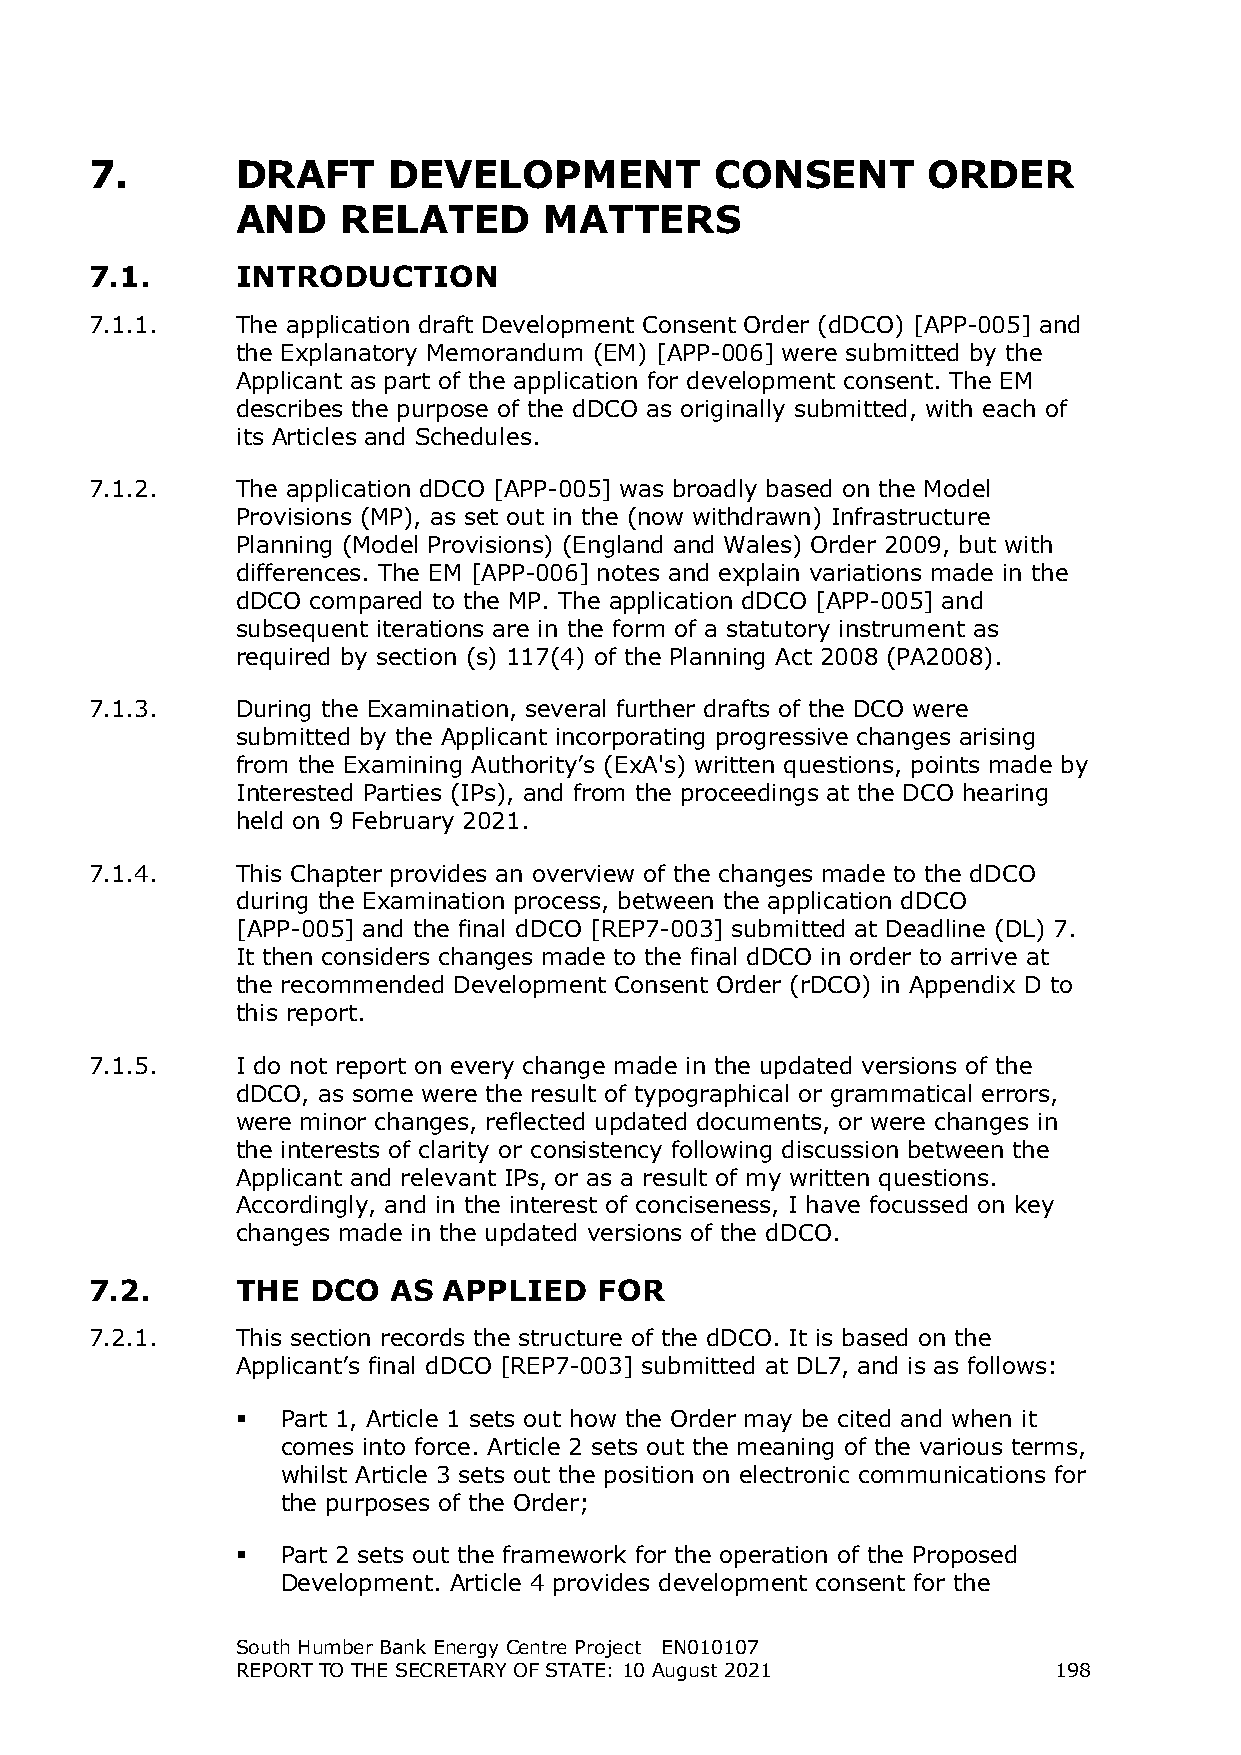
7.        DRAFT     DEVELOPMENT          CONSENT       ORDER
 AND    RELATED      MATTERS
 7.1.      INTRODUCTION
 7.1.1.    The application draft Development Consent Order (dDCO) [APP-005] and
 the Explanatory Memorandum (EM) [APP-006] were submitted by the
 Applicant as part of the application for development consent. The EM
 describes the purpose of the dDCO as originally submitted, with each of
 its Articles and Schedules.
 7.1.2.    The application dDCO [APP-005] was broadly based on the Model
 Provisions (MP), as set out in the (now withdrawn) Infrastructure
 Planning (Model Provisions) (England and Wales) Order 2009, but with
 differences. The EM [APP-006] notes and explain variations made in the
 dDCO compared to the MP. The application dDCO [APP-005] and
 subsequent iterations are in the form of a statutory instrument as
 required by section (s) 117(4) of the Planning Act 2008 (PA2008).
 7.1.3.    During the Examination, several further drafts of the DCO were
 submitted by the Applicant incorporating progressive changes arising
 from the Examining Authority’s (ExA's) written questions, points made by
 Interested Parties (IPs), and from the proceedings at the DCO hearing
 held on 9 February 2021.
 7.1.4.    This Chapter provides an overview of the changes made to the dDCO
 during the Examination process, between the application dDCO
 [APP-005] and the final dDCO [REP7-003] submitted at Deadline (DL) 7.
 It then considers changes made to the final dDCO in order to arrive at
 the recommended Development Consent Order (rDCO) in Appendix D to
 this report.
 7.1.5.    I do not report on every change made in the updated versions of the
 dDCO, as some were the result of typographical or grammatical errors,
 were minor changes, reflected updated documents, or were changes in
 the interests of clarity or consistency following discussion between the
 Applicant and relevant IPs, or as a result of my written questions.
 Accordingly, and in the interest of conciseness, I have focussed on key
 changes made in the updated versions of the dDCO.
 7.2.      THE  DCO  AS APPLIED    FOR
 7.2.1.    This section records the structure of the dDCO. It is based on the
 Applicant’s final dDCO [REP7-003] submitted at DL7, and is as follows:
   Part 1, Article 1 sets out how the Order may be cited and when it
 comes into force. Article 2 sets out the meaning of the various terms,
 whilst Article 3 sets out the position on electronic communications for
 the purposes of the Order;
   Part 2 sets out the framework for the operation of the Proposed
 Development. Article 4 provides development consent for the
 South Humber Bank Energy Centre Project EN010107
 REPORT TO THE SECRETARY OF STATE: 10 August 2021      198